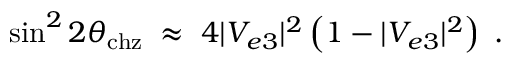
\sin ^ { 2 } 2 \theta _ { \mathrm { c h z } } \; \approx \; 4 | V _ { e 3 } | ^ { 2 } \left( 1 - | V _ { e 3 } | ^ { 2 } \right) \; .